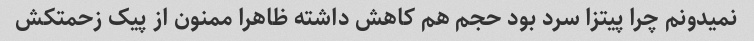
نمیدونم چرا پیتزا سرد بود حجم هم کاهش داشته ظاهرا ممنون از پیک زحمتکش